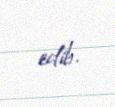
edib.